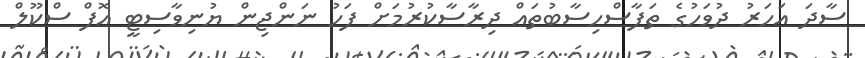
ސާދަ އަހަރު ދުވަހުގެ ތަފާސްހިސާބުތައް ދިރާސާކުރުމަށް ފަހު ނަންޖިން ޔުނިވާސިޓީ އޮފް ސްކޫލް